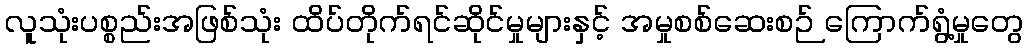
လူသုံးပစ္စည်းအဖြစ်သုံး ထိပ်တိုက်ရင်ဆိုင်မှုများနှင့် အမှုစစ်ဆေးစဉ် ကြောက်ရွံ့မှုတွေ